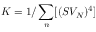
K = 1 / \sum _ { n } [ ( S V _ { N } ) ^ { 4 } ]